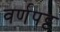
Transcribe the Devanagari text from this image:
वर्णपट्ट